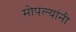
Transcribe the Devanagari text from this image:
मोपल्यांनी